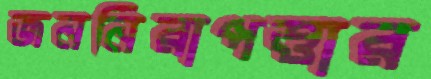
জননিরাপত্তার